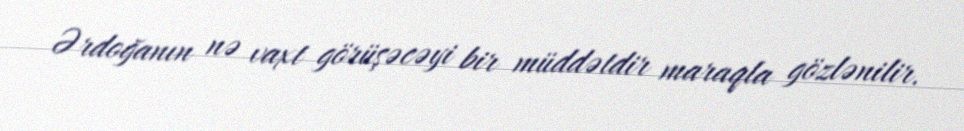
Ərdoğanın nə vaxt görüşəcəyi bir müddətdir maraqla gözlənilir.